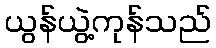
ယွန်ယွဲ့ကုန်သည်